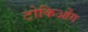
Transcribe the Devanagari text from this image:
टोकिओंग